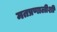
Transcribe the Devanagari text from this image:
मतप्रणालीशी